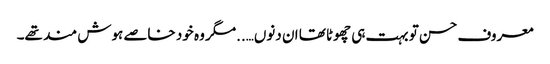
معروف حسن تو بہت ہی چھوٹا تھا ان دنوں…..مگر وہ خود خاصے ہوش مند تھے۔